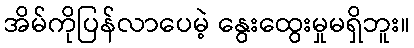
အိမ်ကိုပြန်လာပေမဲ့ နွေးထွေးမှုမရှိဘူး။